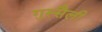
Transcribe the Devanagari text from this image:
गुस्सैली